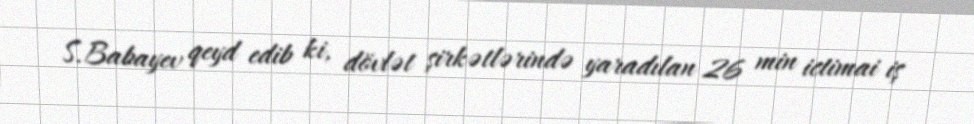
S.Babayev qeyd edib ki, dövlət şirkətlərində yaradılan 26 min ictimai iş